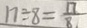
1 7 \div 8 = \frac { 1 7 } { 8 }